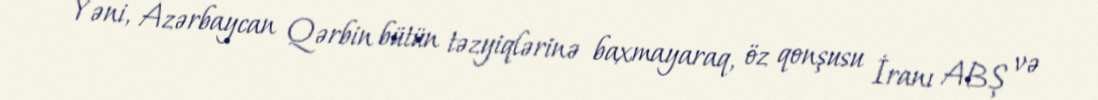
Yəni, Azərbaycan Qərbin bütün təzyiqlərinə baxmayaraq, öz qonşusu İranı ABŞ və